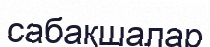
сабақшалар